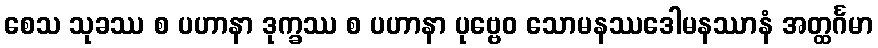
စေသ သုခဿ စ ပဟာနာ ဒုက္ခဿ စ ပဟာနာ ပုဗ္ဗေဝ သောမနဿဒေါမနဿာနံ အတ္ထင်္ဂမာ